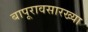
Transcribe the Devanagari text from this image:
बापूरावसारख्या